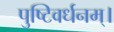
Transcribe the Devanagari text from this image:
पुष्टिवर्धनम्।